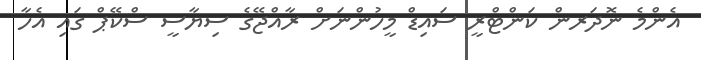
އެންމެ ނޮދަރން ކަންޓްރީ ސައިޑް މީހުންނަށް ރާއްޖޭގެ ސިޔާސީ ސްކޭޕް ގައި އެހާ